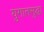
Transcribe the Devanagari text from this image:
युगातसुद्धा